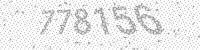
Solution: 778156